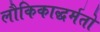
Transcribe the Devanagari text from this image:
लौकिकाद्धर्मतो